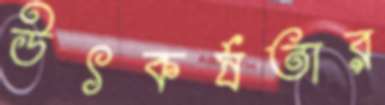
উৎকর্ষতার